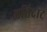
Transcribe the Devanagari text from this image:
अतिदाट